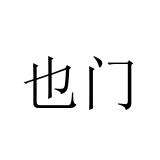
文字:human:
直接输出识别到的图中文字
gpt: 也门